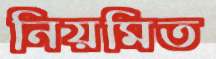
নিয়মিত